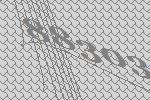
88303